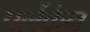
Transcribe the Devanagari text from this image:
पर्लेकेन